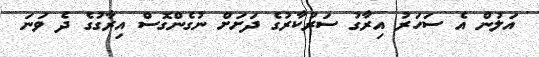
އަލުން އެ ސަހަރު އިރާގު ސަރުކާރުގެ ދަަށަށް ނުގެންގޮސް އިރާގުގެ ދެ ވަނަ